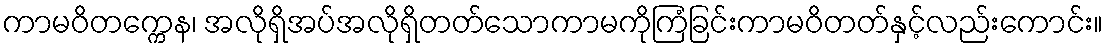
ကာမဝိတက္ကေန၊ အလိုရှိအပ်အလိုရှိတတ်သောကာမကိုကြံခြင်းကာမဝိတတ်နှင့်လည်းကောင်း။